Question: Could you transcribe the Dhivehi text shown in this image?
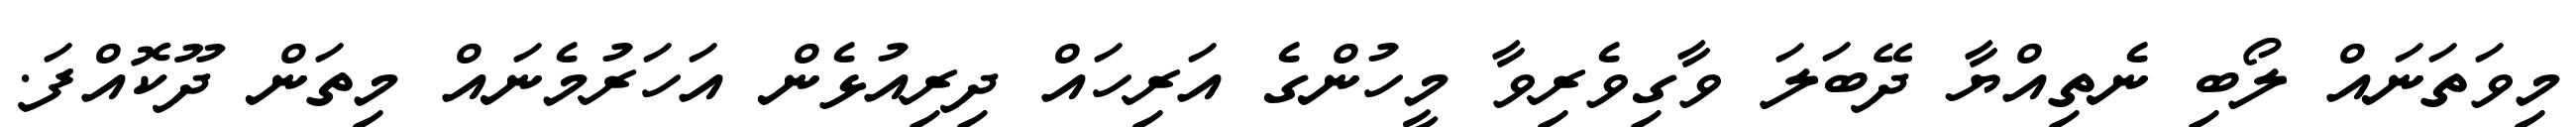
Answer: މިވަތަނައް ލޯބި ނެތިއްޔާ ދޭބަލަ ވާގިވެރިވާ މީހުންގެ އަރިހައް ދިރިއުޅެން އަހަރުމެނައް މިތަން ދޫކޮއްފަ.